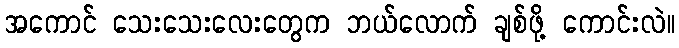
အကောင် သေးသေးလေးတွေက ဘယ်လောက် ချစ်ဖို့ ကောင်းလဲ။